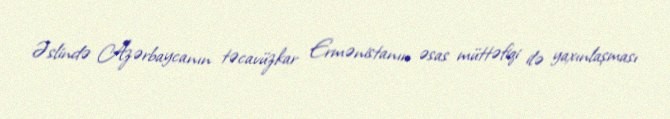
Əslində Azərbaycanın təcavüzkar Ermənistanın əsas müttəfiqi ilə yaxınlaşması